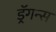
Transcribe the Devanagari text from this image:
ड्रॅगन्स